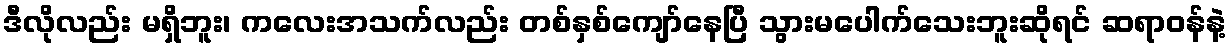
ဒီလိုလည်း မရှိဘူး၊ ကလေးအသက်လည်း တစ်နှစ်ကျော်နေပြီ သွားမပေါက်သေးဘူးဆိုရင် ဆရာဝန်နဲ့